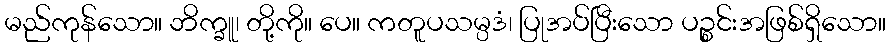
မည်ကုန်သော။ ဘိက္ခူ၊ တို့ကို။ ပေ။ ကတူပသမ္ပဒံ၊ ပြုအပ်ပြီးသော ပဉ္စင်းအဖြစ်ရှိသော။